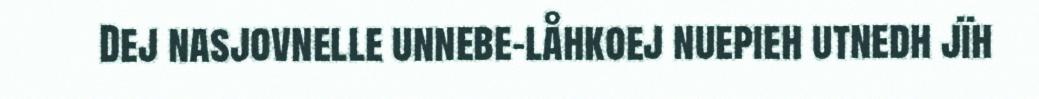
Dej nasjovnelle unnebe-låhkoej nuepieh utnedh jïh